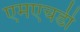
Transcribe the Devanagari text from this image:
एमएचडी